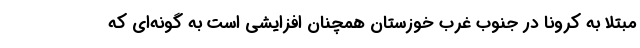
مبتلا به کرونا در جنوب غرب خوزستان همچنان افزایشی است به گونه‌ای که